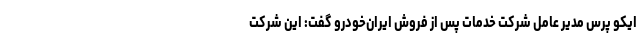
ایکو پرس مدیر عامل شرکت خدمات پس از فروش ایران‌خودرو گفت: این شرکت